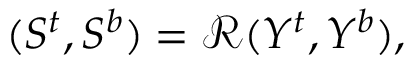
( S ^ { t } , S ^ { b } ) = \mathcal { R } ( Y ^ { t } , Y ^ { b } ) ,